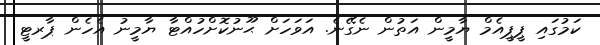
ކަމުގައި ޕީޕީއެމް ޔާމީން އަތުން ނެގޭނެ. އަވަހަށް ޙޫނުކޮށްހުއްޓާ ޔާމީނު އެހެން ޕާރޓީ